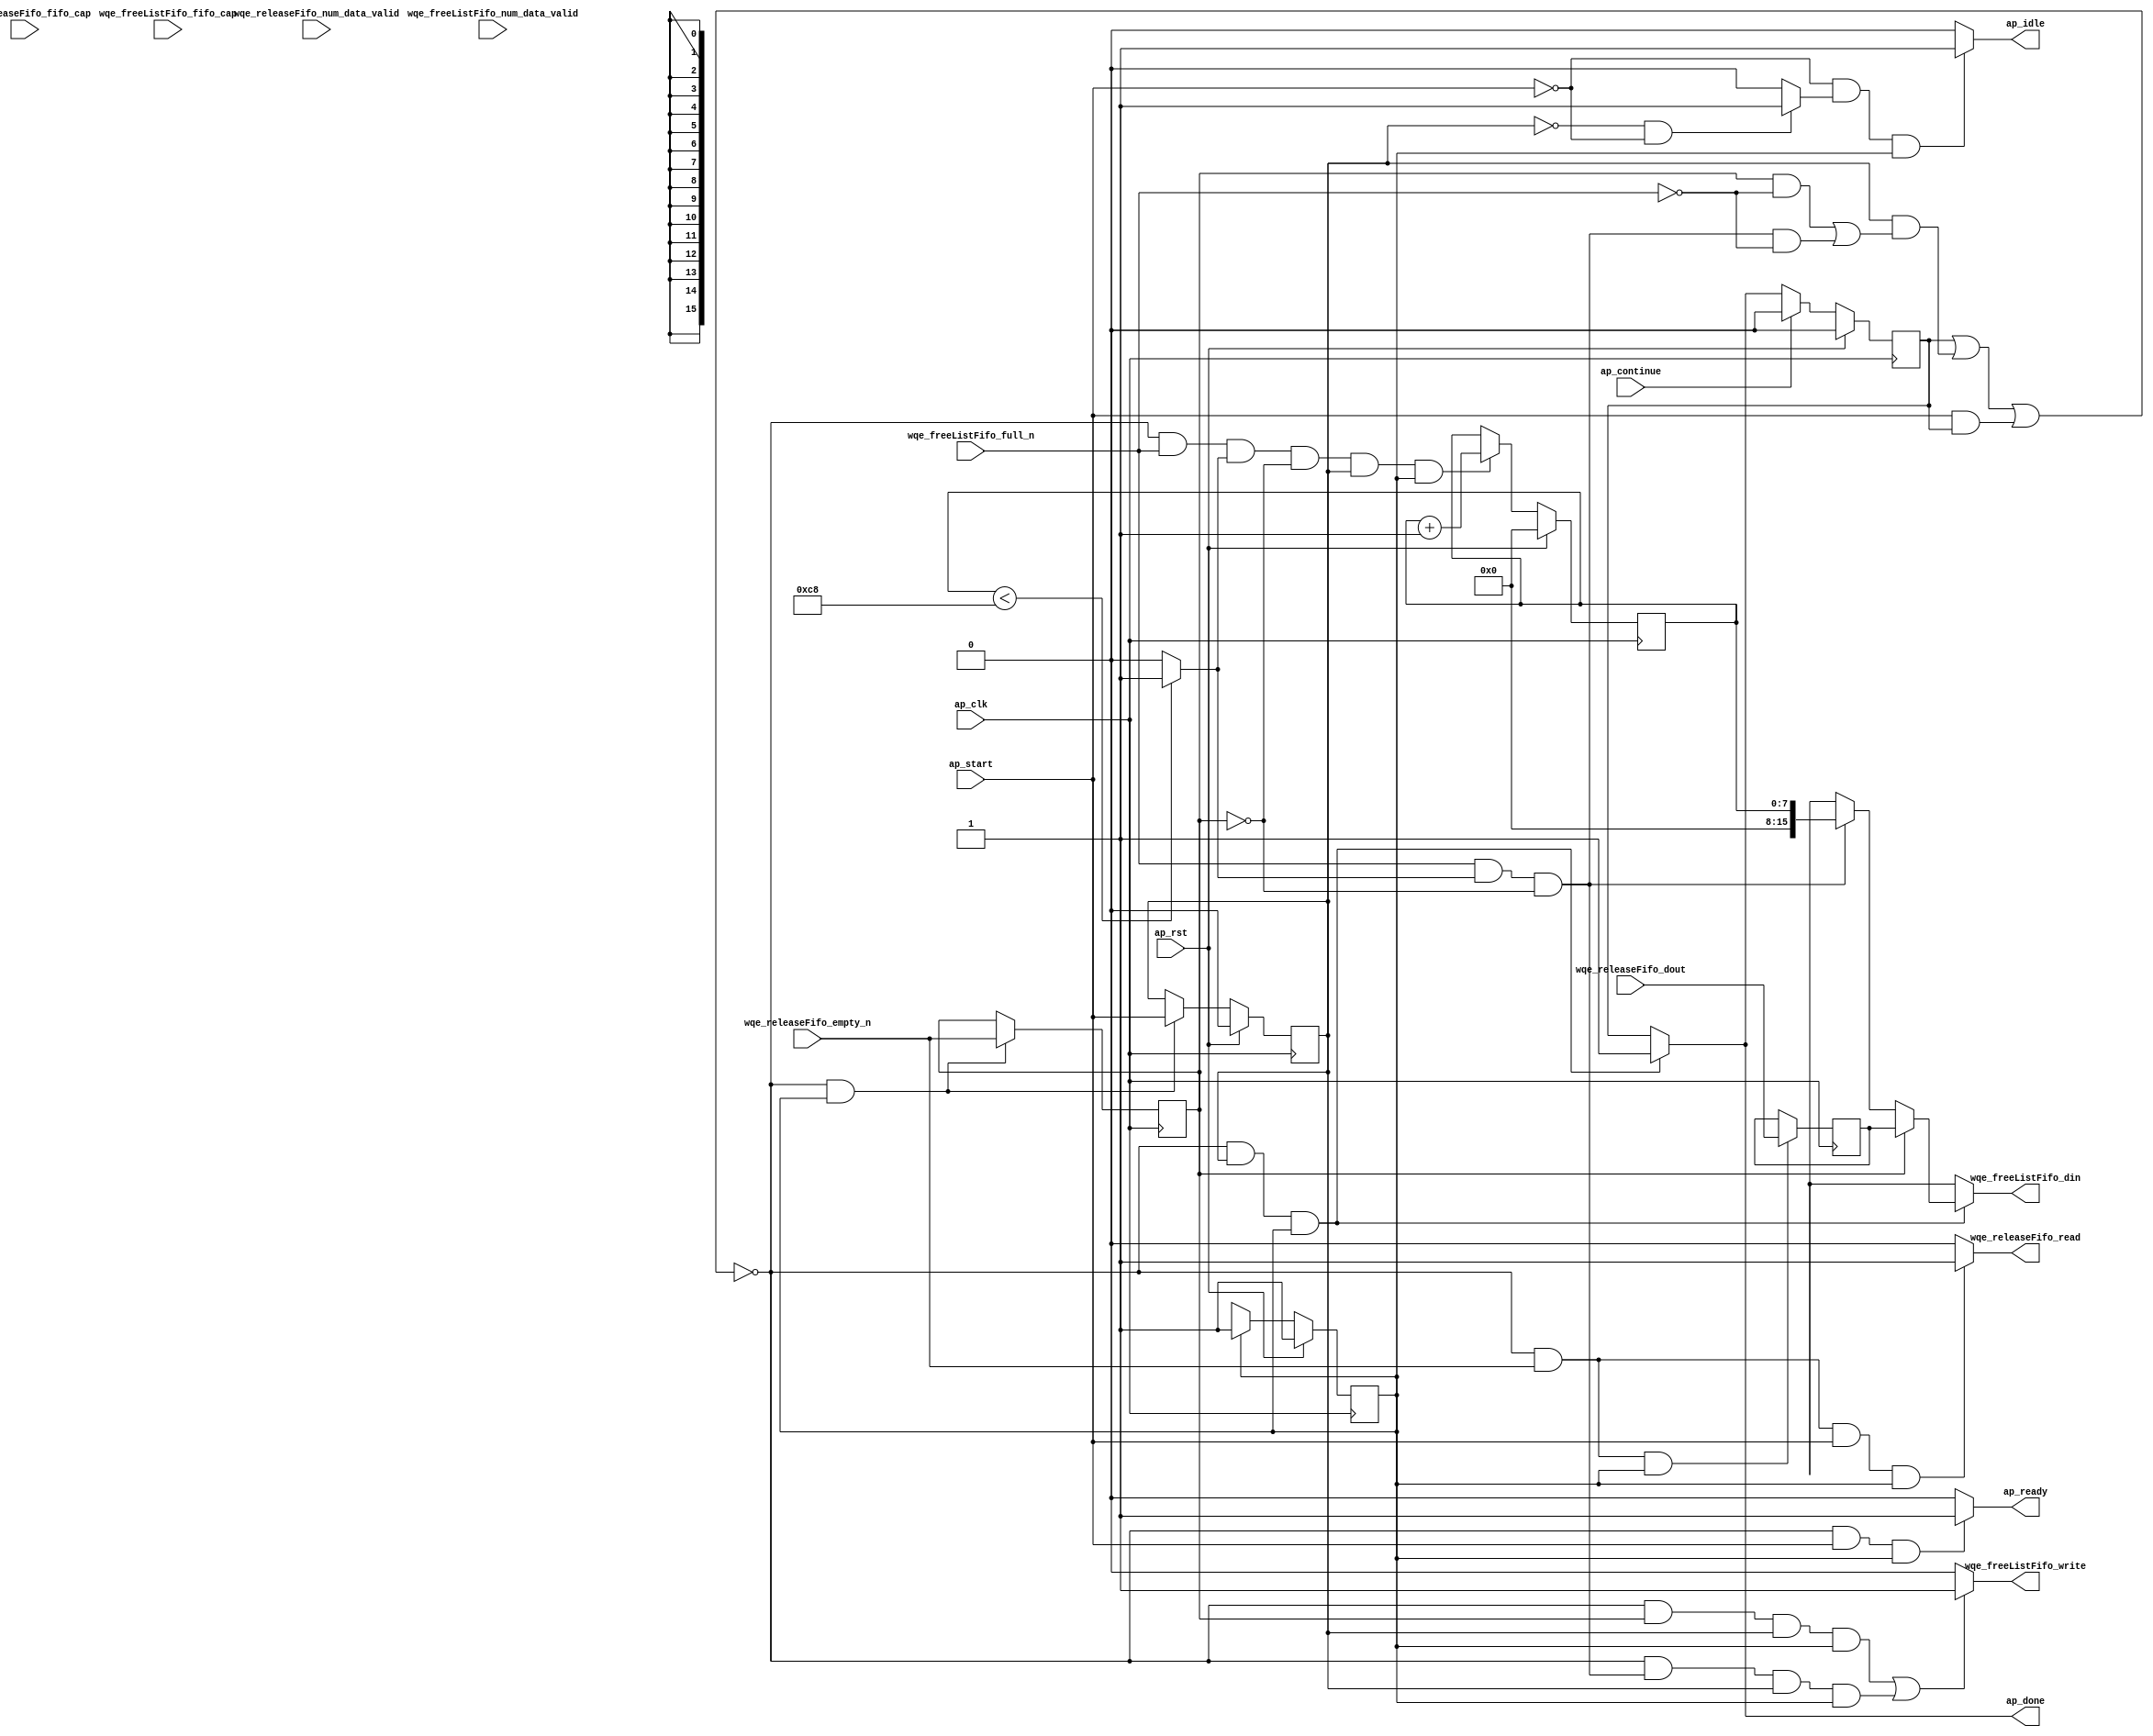
// ==============================================================
// RTL generated by Vitis HLS - High-Level Synthesis from C, C++ and OpenCL v2022.2 (64-bit)
// Version: 2022.2
// Copyright (C) Copyright 1986-2022 Xilinx, Inc. All Rights Reserved.
// 
// ===========================================================

`timescale 1 ns / 1 ps 

module rocev2_top_wqe_freelist_handler_0_s (
        ap_clk,
        ap_rst,
        ap_start,
        ap_done,
        ap_continue,
        ap_idle,
        ap_ready,
        wqe_releaseFifo_dout,
        wqe_releaseFifo_num_data_valid,
        wqe_releaseFifo_fifo_cap,
        wqe_releaseFifo_empty_n,
        wqe_releaseFifo_read,
        wqe_freeListFifo_din,
        wqe_freeListFifo_num_data_valid,
        wqe_freeListFifo_fifo_cap,
        wqe_freeListFifo_full_n,
        wqe_freeListFifo_write
);

parameter    ap_ST_fsm_pp0_stage0 = 1'd1;

input   ap_clk;
input   ap_rst;
input   ap_start;
output   ap_done;
input   ap_continue;
output   ap_idle;
output   ap_ready;
input  [15:0] wqe_releaseFifo_dout;
input  [1:0] wqe_releaseFifo_num_data_valid;
input  [1:0] wqe_releaseFifo_fifo_cap;
input   wqe_releaseFifo_empty_n;
output   wqe_releaseFifo_read;
output  [15:0] wqe_freeListFifo_din;
input  [11:0] wqe_freeListFifo_num_data_valid;
input  [11:0] wqe_freeListFifo_fifo_cap;
input   wqe_freeListFifo_full_n;
output   wqe_freeListFifo_write;

reg ap_done;
reg ap_idle;
reg ap_ready;
reg wqe_releaseFifo_read;
reg[15:0] wqe_freeListFifo_din;
reg wqe_freeListFifo_write;

(* fsm_encoding = "none" *) reg   [0:0] ap_CS_fsm;
wire    ap_CS_fsm_pp0_stage0;
wire    ap_enable_reg_pp0_iter0;
reg    ap_enable_reg_pp0_iter1;
reg    ap_idle_pp0;
wire   [0:0] tmp_i_nbreadreq_fu_36_p3;
reg    ap_done_reg;
reg    ap_block_state1_pp0_stage0_iter0;
reg   [0:0] tmp_i_reg_92;
wire   [0:0] icmp_ln1027_fu_74_p2;
wire   [0:0] tmp_i_169_nbwritereq_fu_50_p3;
reg    ap_predicate_op23_write_state2;
reg    ap_block_state2_pp0_stage0_iter1;
reg    ap_block_pp0_stage0_subdone;
reg   [7:0] freeListCounter_V;
reg    wqe_releaseFifo_blk_n;
wire    ap_block_pp0_stage0;
reg    wqe_freeListFifo_blk_n;
reg    ap_block_pp0_stage0_11001;
reg   [15:0] wqe_releaseFifo_read_reg_96;
wire   [7:0] add_ln840_fu_80_p2;
wire   [15:0] zext_ln1027_fu_69_p1;
reg    ap_block_pp0_stage0_01001;
reg   [0:0] ap_NS_fsm;
reg    ap_idle_pp0_0to0;
reg    ap_reset_idle_pp0;
wire    ap_enable_pp0;
reg    ap_condition_117;
wire    ap_ce_reg;

// power-on initialization
initial begin
#0 ap_CS_fsm = 1'd1;
#0 ap_enable_reg_pp0_iter1 = 1'b0;
#0 ap_done_reg = 1'b0;
#0 freeListCounter_V = 8'd0;
end

always @ (posedge ap_clk) begin
    if (ap_rst == 1'b1) begin
        ap_CS_fsm <= ap_ST_fsm_pp0_stage0;
    end else begin
        ap_CS_fsm <= ap_NS_fsm;
    end
end

always @ (posedge ap_clk) begin
    if (ap_rst == 1'b1) begin
        ap_done_reg <= 1'b0;
    end else begin
        if ((ap_continue == 1'b1)) begin
            ap_done_reg <= 1'b0;
        end else if (((1'b0 == ap_block_pp0_stage0_subdone) & (ap_enable_reg_pp0_iter1 == 1'b1) & (1'b1 == ap_CS_fsm_pp0_stage0))) begin
            ap_done_reg <= 1'b1;
        end
    end
end

always @ (posedge ap_clk) begin
    if (ap_rst == 1'b1) begin
        ap_enable_reg_pp0_iter1 <= 1'b0;
    end else begin
        if (((1'b0 == ap_block_pp0_stage0_subdone) & (1'b1 == ap_CS_fsm_pp0_stage0))) begin
            ap_enable_reg_pp0_iter1 <= ap_start;
        end
    end
end

always @ (posedge ap_clk) begin
    if (ap_rst == 1'b1) begin
        freeListCounter_V <= 8'd0;
    end else begin
        if (((1'b0 == ap_block_pp0_stage0_11001) & (tmp_i_169_nbwritereq_fu_50_p3 == 1'd1) & (icmp_ln1027_fu_74_p2 == 1'd1) & (tmp_i_reg_92 == 1'd0) & (ap_enable_reg_pp0_iter1 == 1'b1) & (1'b1 == ap_CS_fsm_pp0_stage0))) begin
            freeListCounter_V <= add_ln840_fu_80_p2;
        end
    end
end

always @ (posedge ap_clk) begin
    if (((1'b0 == ap_block_pp0_stage0_11001) & (1'b1 == ap_CS_fsm_pp0_stage0))) begin
        tmp_i_reg_92 <= tmp_i_nbreadreq_fu_36_p3;
    end
end

always @ (posedge ap_clk) begin
    if (((1'b0 == ap_block_pp0_stage0_11001) & (tmp_i_nbreadreq_fu_36_p3 == 1'd1) & (1'b1 == ap_CS_fsm_pp0_stage0))) begin
        wqe_releaseFifo_read_reg_96 <= wqe_releaseFifo_dout;
    end
end

always @ (*) begin
    if (((1'b0 == ap_block_pp0_stage0_subdone) & (ap_enable_reg_pp0_iter1 == 1'b1) & (1'b1 == ap_CS_fsm_pp0_stage0))) begin
        ap_done = 1'b1;
    end else begin
        ap_done = ap_done_reg;
    end
end

always @ (*) begin
    if (((ap_start == 1'b0) & (ap_idle_pp0 == 1'b1) & (1'b1 == ap_CS_fsm_pp0_stage0))) begin
        ap_idle = 1'b1;
    end else begin
        ap_idle = 1'b0;
    end
end

always @ (*) begin
    if (((ap_enable_reg_pp0_iter1 == 1'b0) & (ap_enable_reg_pp0_iter0 == 1'b0))) begin
        ap_idle_pp0 = 1'b1;
    end else begin
        ap_idle_pp0 = 1'b0;
    end
end

always @ (*) begin
    if ((ap_enable_reg_pp0_iter0 == 1'b0)) begin
        ap_idle_pp0_0to0 = 1'b1;
    end else begin
        ap_idle_pp0_0to0 = 1'b0;
    end
end

always @ (*) begin
    if (((1'b0 == ap_block_pp0_stage0_subdone) & (ap_start == 1'b1) & (1'b1 == ap_CS_fsm_pp0_stage0))) begin
        ap_ready = 1'b1;
    end else begin
        ap_ready = 1'b0;
    end
end

always @ (*) begin
    if (((ap_start == 1'b0) & (ap_idle_pp0_0to0 == 1'b1))) begin
        ap_reset_idle_pp0 = 1'b1;
    end else begin
        ap_reset_idle_pp0 = 1'b0;
    end
end

always @ (*) begin
    if ((((1'b0 == ap_block_pp0_stage0) & (tmp_i_reg_92 == 1'd1) & (ap_enable_reg_pp0_iter1 == 1'b1) & (1'b1 == ap_CS_fsm_pp0_stage0)) | ((1'b0 == ap_block_pp0_stage0) & (ap_predicate_op23_write_state2 == 1'b1) & (ap_enable_reg_pp0_iter1 == 1'b1) & (1'b1 == ap_CS_fsm_pp0_stage0)))) begin
        wqe_freeListFifo_blk_n = wqe_freeListFifo_full_n;
    end else begin
        wqe_freeListFifo_blk_n = 1'b1;
    end
end

always @ (*) begin
    if ((1'b1 == ap_condition_117)) begin
        if ((tmp_i_reg_92 == 1'd1)) begin
            wqe_freeListFifo_din = wqe_releaseFifo_read_reg_96;
        end else if ((ap_predicate_op23_write_state2 == 1'b1)) begin
            wqe_freeListFifo_din = zext_ln1027_fu_69_p1;
        end else begin
            wqe_freeListFifo_din = 'bx;
        end
    end else begin
        wqe_freeListFifo_din = 'bx;
    end
end

always @ (*) begin
    if ((((1'b0 == ap_block_pp0_stage0_11001) & (tmp_i_reg_92 == 1'd1) & (ap_enable_reg_pp0_iter1 == 1'b1) & (1'b1 == ap_CS_fsm_pp0_stage0)) | ((1'b0 == ap_block_pp0_stage0_11001) & (ap_predicate_op23_write_state2 == 1'b1) & (ap_enable_reg_pp0_iter1 == 1'b1) & (1'b1 == ap_CS_fsm_pp0_stage0)))) begin
        wqe_freeListFifo_write = 1'b1;
    end else begin
        wqe_freeListFifo_write = 1'b0;
    end
end

always @ (*) begin
    if (((1'b0 == ap_block_pp0_stage0) & (ap_done_reg == 1'b0) & (tmp_i_nbreadreq_fu_36_p3 == 1'd1) & (ap_start == 1'b1) & (1'b1 == ap_CS_fsm_pp0_stage0))) begin
        wqe_releaseFifo_blk_n = wqe_releaseFifo_empty_n;
    end else begin
        wqe_releaseFifo_blk_n = 1'b1;
    end
end

always @ (*) begin
    if (((1'b0 == ap_block_pp0_stage0_11001) & (tmp_i_nbreadreq_fu_36_p3 == 1'd1) & (ap_start == 1'b1) & (1'b1 == ap_CS_fsm_pp0_stage0))) begin
        wqe_releaseFifo_read = 1'b1;
    end else begin
        wqe_releaseFifo_read = 1'b0;
    end
end

always @ (*) begin
    case (ap_CS_fsm)
        ap_ST_fsm_pp0_stage0 : begin
            ap_NS_fsm = ap_ST_fsm_pp0_stage0;
        end
        default : begin
            ap_NS_fsm = 'bx;
        end
    endcase
end

assign add_ln840_fu_80_p2 = (freeListCounter_V + 8'd1);

assign ap_CS_fsm_pp0_stage0 = ap_CS_fsm[32'd0];

assign ap_block_pp0_stage0 = ~(1'b1 == 1'b1);

always @ (*) begin
    ap_block_pp0_stage0_01001 = ((ap_done_reg == 1'b1) | ((ap_enable_reg_pp0_iter1 == 1'b1) & (((tmp_i_reg_92 == 1'd1) & (wqe_freeListFifo_full_n == 1'b0)) | ((ap_predicate_op23_write_state2 == 1'b1) & (wqe_freeListFifo_full_n == 1'b0)))) | ((ap_start == 1'b1) & ((ap_done_reg == 1'b1) | ((tmp_i_nbreadreq_fu_36_p3 == 1'd1) & (wqe_releaseFifo_empty_n == 1'b0)))));
end

always @ (*) begin
    ap_block_pp0_stage0_11001 = ((ap_done_reg == 1'b1) | ((ap_enable_reg_pp0_iter1 == 1'b1) & (((tmp_i_reg_92 == 1'd1) & (wqe_freeListFifo_full_n == 1'b0)) | ((ap_predicate_op23_write_state2 == 1'b1) & (wqe_freeListFifo_full_n == 1'b0)))) | ((ap_start == 1'b1) & ((ap_done_reg == 1'b1) | ((tmp_i_nbreadreq_fu_36_p3 == 1'd1) & (wqe_releaseFifo_empty_n == 1'b0)))));
end

always @ (*) begin
    ap_block_pp0_stage0_subdone = ((ap_done_reg == 1'b1) | ((ap_enable_reg_pp0_iter1 == 1'b1) & (((tmp_i_reg_92 == 1'd1) & (wqe_freeListFifo_full_n == 1'b0)) | ((ap_predicate_op23_write_state2 == 1'b1) & (wqe_freeListFifo_full_n == 1'b0)))) | ((ap_start == 1'b1) & ((ap_done_reg == 1'b1) | ((tmp_i_nbreadreq_fu_36_p3 == 1'd1) & (wqe_releaseFifo_empty_n == 1'b0)))));
end

always @ (*) begin
    ap_block_state1_pp0_stage0_iter0 = ((ap_done_reg == 1'b1) | ((tmp_i_nbreadreq_fu_36_p3 == 1'd1) & (wqe_releaseFifo_empty_n == 1'b0)));
end

always @ (*) begin
    ap_block_state2_pp0_stage0_iter1 = (((tmp_i_reg_92 == 1'd1) & (wqe_freeListFifo_full_n == 1'b0)) | ((ap_predicate_op23_write_state2 == 1'b1) & (wqe_freeListFifo_full_n == 1'b0)));
end

always @ (*) begin
    ap_condition_117 = ((1'b0 == ap_block_pp0_stage0_01001) & (ap_enable_reg_pp0_iter1 == 1'b1) & (1'b1 == ap_CS_fsm_pp0_stage0));
end

assign ap_enable_pp0 = (ap_idle_pp0 ^ 1'b1);

assign ap_enable_reg_pp0_iter0 = ap_start;

always @ (*) begin
    ap_predicate_op23_write_state2 = ((tmp_i_169_nbwritereq_fu_50_p3 == 1'd1) & (icmp_ln1027_fu_74_p2 == 1'd1) & (tmp_i_reg_92 == 1'd0));
end

assign icmp_ln1027_fu_74_p2 = ((freeListCounter_V < 8'd200) ? 1'b1 : 1'b0);

assign tmp_i_169_nbwritereq_fu_50_p3 = wqe_freeListFifo_full_n;

assign tmp_i_nbreadreq_fu_36_p3 = wqe_releaseFifo_empty_n;

assign zext_ln1027_fu_69_p1 = freeListCounter_V;

endmodule //rocev2_top_wqe_freelist_handler_0_s